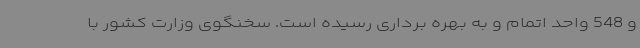
و 548 واحد اتمام و به بهره برداری رسیده است. سخنگوی وزارت کشور با